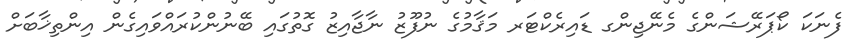
ފެނަކަ ކޯޕަރޭޝަންގެ މެނޭޖިންގ ޑައިރެކްޓަރ މަޤާމުގެ ނުފޫޒު ނާޖާއިޒު ގޮތުގައި ބޭނުންކުރައްވައިގެން އިންތިޚާބަށް